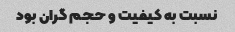
نسبت به کیفیت و حجم گران بود